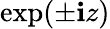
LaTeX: \exp(\pm\mathbf{i}z)